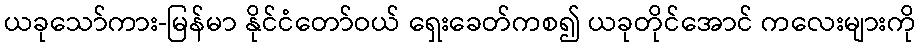
ယခုသော်ကား-မြန်မာ နိုင်ငံတော်ဝယ် ရှေးခေတ်ကစ၍ ယခုတိုင်အောင် ကလေးများကို